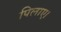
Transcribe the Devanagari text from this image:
पिलाए।